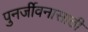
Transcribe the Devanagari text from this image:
पुनर्जीवनासाठी